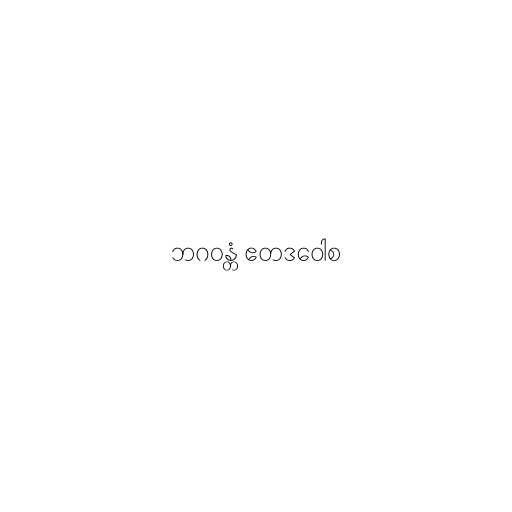
ဘဂဝန္တံ ဧတဒဝေါစ